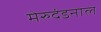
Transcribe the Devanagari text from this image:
मेरुदंडनाल